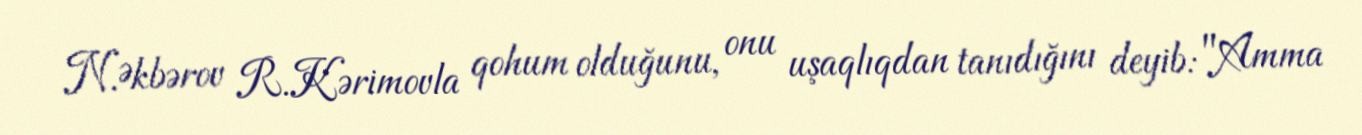
N.Əkbərov R.Kərimovla qohum olduğunu, onu uşaqlıqdan tanıdığını deyib: "Amma